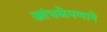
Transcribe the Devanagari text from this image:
आंधळेपणाने